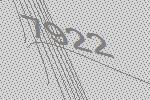
7922